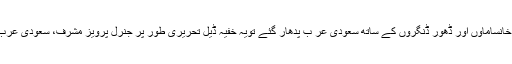
2000ئمیں بھی جب شریف خاندان اپنے خانساماؤں اور ڈھور ڈنگروں کے ساتھ سعودی عر ب پدھار گئے تویہ خفیہ ڈیل تحریری طور پر جنرل پرویز مشرف، سعودی عرب اور شریف فیملی کے درمیان ہوئی تھی۔